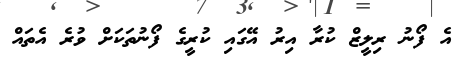
އެ ފޯނު ރިލީޒް ކުރާ އިރު އޭގައި ކުރީގެ ފޯނުތަކަށް ވުރެ އެތައް